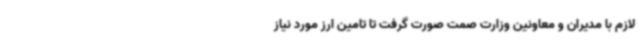
لازم با مدیران و معاونین وزارت صمت صورت گرفت تا تامین ارز مورد نیاز